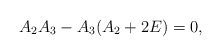
\begin{align*}A_{2}A_{3}-A_{3}(A_{2}+2E)=0,\end{align*}